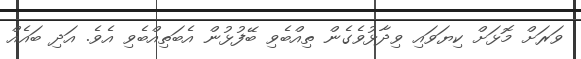
ވަރަށް މޮޅަށް ކިޔަވައި ވިދާޅުވެގެން ތިއްބެވި ބޭފުޅުން އެބަތިއްބެވި އެވެ. އަދި ބައެއް